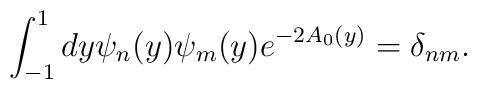
\int^1_{-1}dy \psi_n(y) \psi_m(y)e^{-2A_0(y)}=\delta_{nm}.